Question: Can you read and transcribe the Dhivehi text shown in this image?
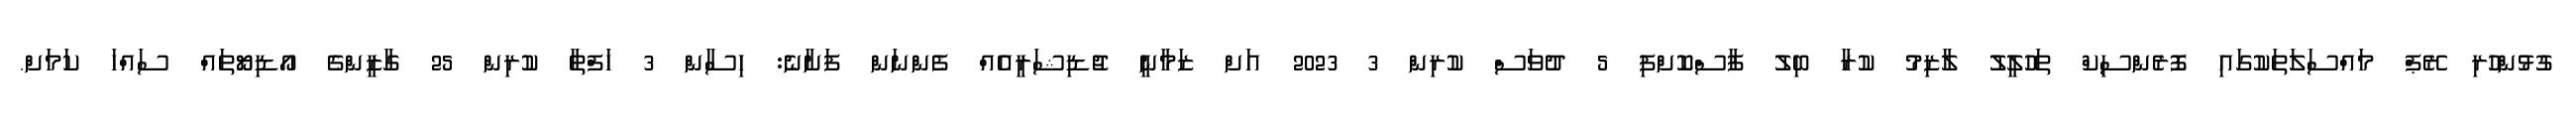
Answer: ގުޅުންހުރި ރޭޕް މައްސަލަތަކުގައި ފޮރެންސިކް ތަހުލީލު ލާޒިމު ކުރާ ބިލު ފާސްކޮށްފި 5 ދުވަސް ކުރިން 3 2023 އަށް ޒަމާނީ ޖުޑިޝަރީއެއް ފެންނަން ފަށާނެ: ހިސާން 3 ހަފްތާ ކުރިން 25 ގާޒީންގެ އޯޑިޔޯތައް ސައްހަ ކަމަށް.